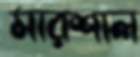
মারশাল